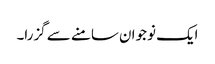
ایک نوجوان سامنے سے گزرا۔